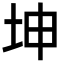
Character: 坤